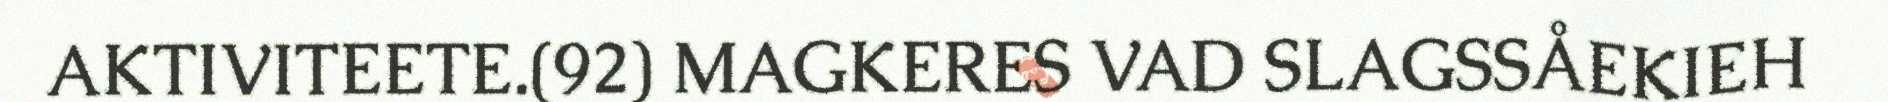
AKTIVITEETE.(92) MAGKERES VAD SLAGSSÅEKIEH